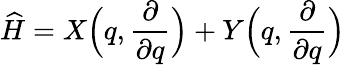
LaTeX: \widehat{H}=X\Bigl(q,\frac{\partial}{\partial q}\Bigr)+Y\Bigl(q,\frac{\partial}{\partial q}\Bigr)